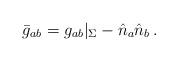
LaTeX: \begin{align*}\bar g_{ab} = g_{ab}|_\Sigma-\hat n_a \hat n_b\, .\end{align*}